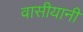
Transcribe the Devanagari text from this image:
वासीयानी